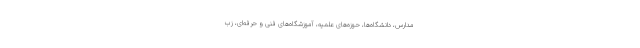
مدارس، دانشگاه‌ها، حوزه‌های علمیه، آموزشگاه‌های فنی و حرفه‌ای، زب